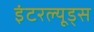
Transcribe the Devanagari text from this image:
इंटरल्यूड्स